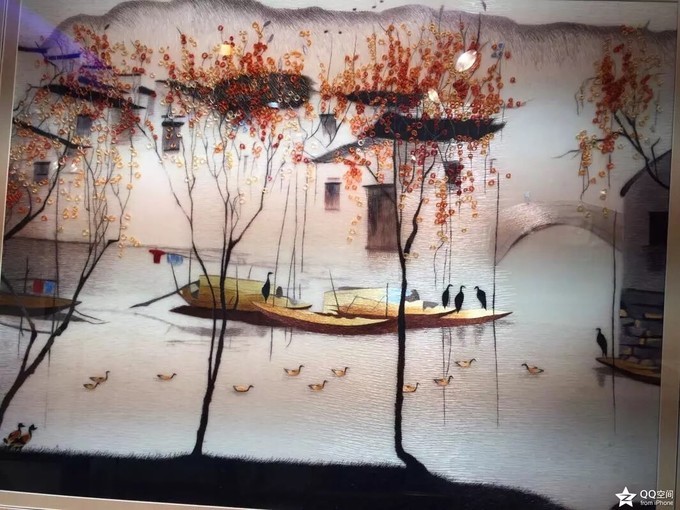
姑苏台上乌栖时，吴王宫里醉西施。